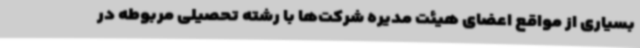
بسیاری از مواقع اعضای هیئت مدیره شرکت‌ها با رشته تحصیلی مربوطه در